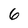
Character: 6